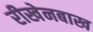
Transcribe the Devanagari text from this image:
रीखेनबाख